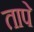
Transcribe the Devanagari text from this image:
तापे